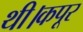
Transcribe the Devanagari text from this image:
थी।कपूर